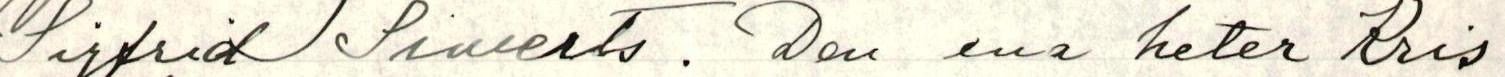
Sifrid Siwerts. Den ena heter Kris